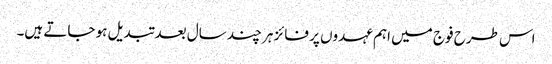
اس طرح فوج میں اہم عہدوں پر فائز ہر چند سال بعد تبدیل ہو جاتے ہیں۔